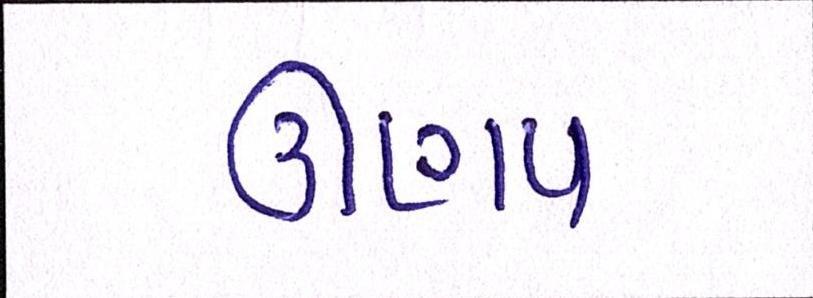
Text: ઊણપ